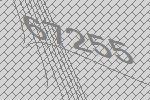
67255